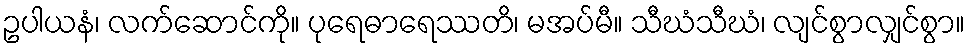
ဥပါယနံ၊ လက်ဆောင်ကို။ ပုရေဓာရေဿတိ၊ မအပ်မီ။ သီဃံသီဃံ၊ လျင်စွာလျှင်စွာ။